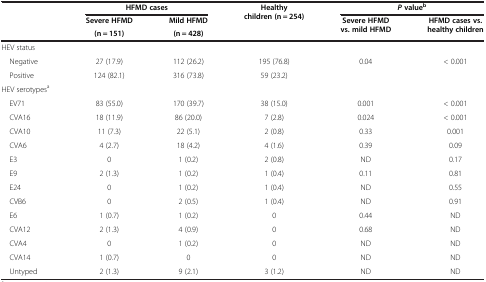
<table><thead><tr><td rowspan="3"><b> </b></td><td colspan="2"><b>HFMD cases</b></td><td rowspan="3"><b>Healthy children (n = 254)</b></td><td colspan="2"><b><i>P </i>value<sup>b</sup></b></td></tr><tr><td><b>Severe HFMD</b></td><td><b>Mild HFMD</b></td><td rowspan="2"><b>Severe HFMD vs. mild HFMD</b></td><td rowspan="2"><b>HFMD cases vs. healthy children</b></td></tr><tr><td><b>(n = 151)</b></td><td><b>(n = 428)</b></td></tr></thead><tbody><tr><td>HEV status</td><td> </td><td> </td><td> </td><td> </td><td> </td></tr><tr><td> Negative</td><td>27 (17.9)</td><td>112 (26.2)</td><td>195 (76.8)</td><td>0.04</td><td>&lt; 0.001</td></tr><tr><td> Positive</td><td>124 (82.1)</td><td>316 (73.8)</td><td>59 (23.2)</td><td> </td><td> </td></tr><tr><td>HEV serotypes<sup>a</sup></td><td> </td><td> </td><td> </td><td> </td><td> </td></tr><tr><td> EV71</td><td>83 (55.0)</td><td>170 (39.7)</td><td>38 (15.0)</td><td>0.001</td><td>&lt; 0.001</td></tr><tr><td> CVA16</td><td>18 (11.9)</td><td>86 (20.0)</td><td>7 (2.8)</td><td>0.024</td><td>&lt; 0.001</td></tr><tr><td> CVA10</td><td>11 (7.3)</td><td>22 (5.1)</td><td>2 (0.8)</td><td>0.33</td><td>0.001</td></tr><tr><td> CVA6</td><td>4 (2.7)</td><td>18 (4.2)</td><td>4 (1.6)</td><td>0.39</td><td>0.09</td></tr><tr><td> E3</td><td>0</td><td>1 (0.2)</td><td>2 (0.8)</td><td>ND</td><td>0.17</td></tr><tr><td> E9</td><td>2 (1.3)</td><td>1 (0.2)</td><td>1 (0.4)</td><td>0.11</td><td>0.81</td></tr><tr><td> E24</td><td>0</td><td>1 (0.2)</td><td>1 (0.4)</td><td>ND</td><td>0.55</td></tr><tr><td> CVB6</td><td>0</td><td>2 (0.5)</td><td>1 (0.4)</td><td>ND</td><td>0.91</td></tr><tr><td> E6</td><td>1 (0.7)</td><td>1 (0.2)</td><td>0</td><td>0.44</td><td>ND</td></tr><tr><td> CVA12</td><td>2 (1.3)</td><td>4 (0.9)</td><td>0</td><td>0.68</td><td>ND</td></tr><tr><td> CVA4</td><td>0</td><td>1 (0.2)</td><td>0</td><td>ND</td><td>ND</td></tr><tr><td> CVA14</td><td>1 (0.7)</td><td>0</td><td>0</td><td>ND</td><td>ND</td></tr><tr><td> Untyped</td><td>2 (1.3)</td><td>9 (2.1)</td><td>3 (1.2)</td><td>ND</td><td>ND</td></tr></tbody></table>